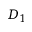
D _ { 1 }